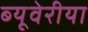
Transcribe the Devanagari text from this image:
ब्‍यूवेरीया